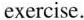
exercise.